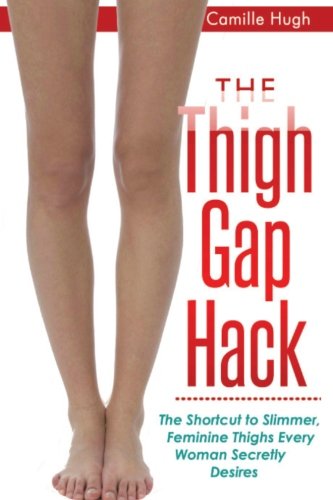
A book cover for The Thigh Gap Hack: The Shortcut to Slimmer, Feminine Thighs Every Woman Secretly Desires; Camille A Hugh; Health, Fitness & Dieting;